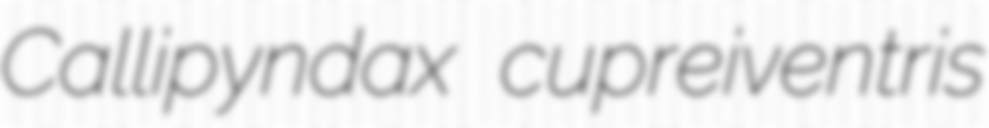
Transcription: Callipyndax cupreiventris